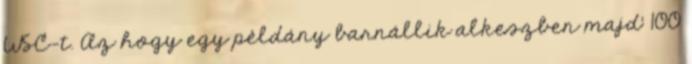
WSC-t. Az hogy egy példány barnállik alkeszben majd' 100